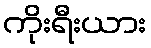
ကိုးရီးယား